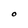
Character: O